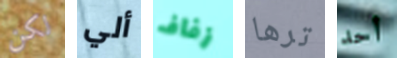
لكن ألي زفاف ترها أحد